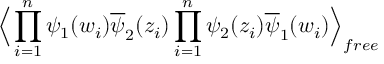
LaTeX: \Big \langle \prod _ { i = 1 } ^ { n } \psi _ { 1 } ( w _ { i } ) \overline { { { \psi } } } _ { 2 } ( z _ { i } ) \prod _ { i = 1 } ^ { n } \psi _ { 2 } ( z _ { i } ) \overline { { { \psi } } } _ { 1 } ( w _ { i } ) \Big \rangle _ { f r e e }